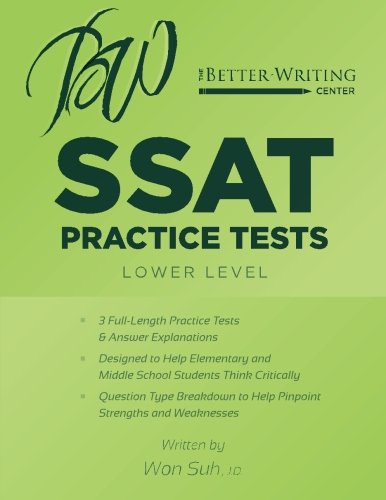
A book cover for SSAT Practice Tests: Lower Level; Won Suh; Test Preparation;